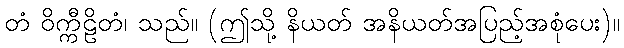
တံ ဝိက္ကီဠိတံ၊ သည်။ (ဤသို့ နိယတ် အနိယတ်အပြည့်အစုံပေး)။